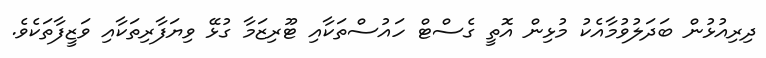
ދިރިއުޅުން ބަދަލުވުމާއެކު މުޅިން އޮތީ ގެސްޓް ހައުސްތަކާއި ޓޫރިޒަމާ ގުޅޭ ވިޔަފާރިތަކާއި ވަޒީފާތަކެވެ.